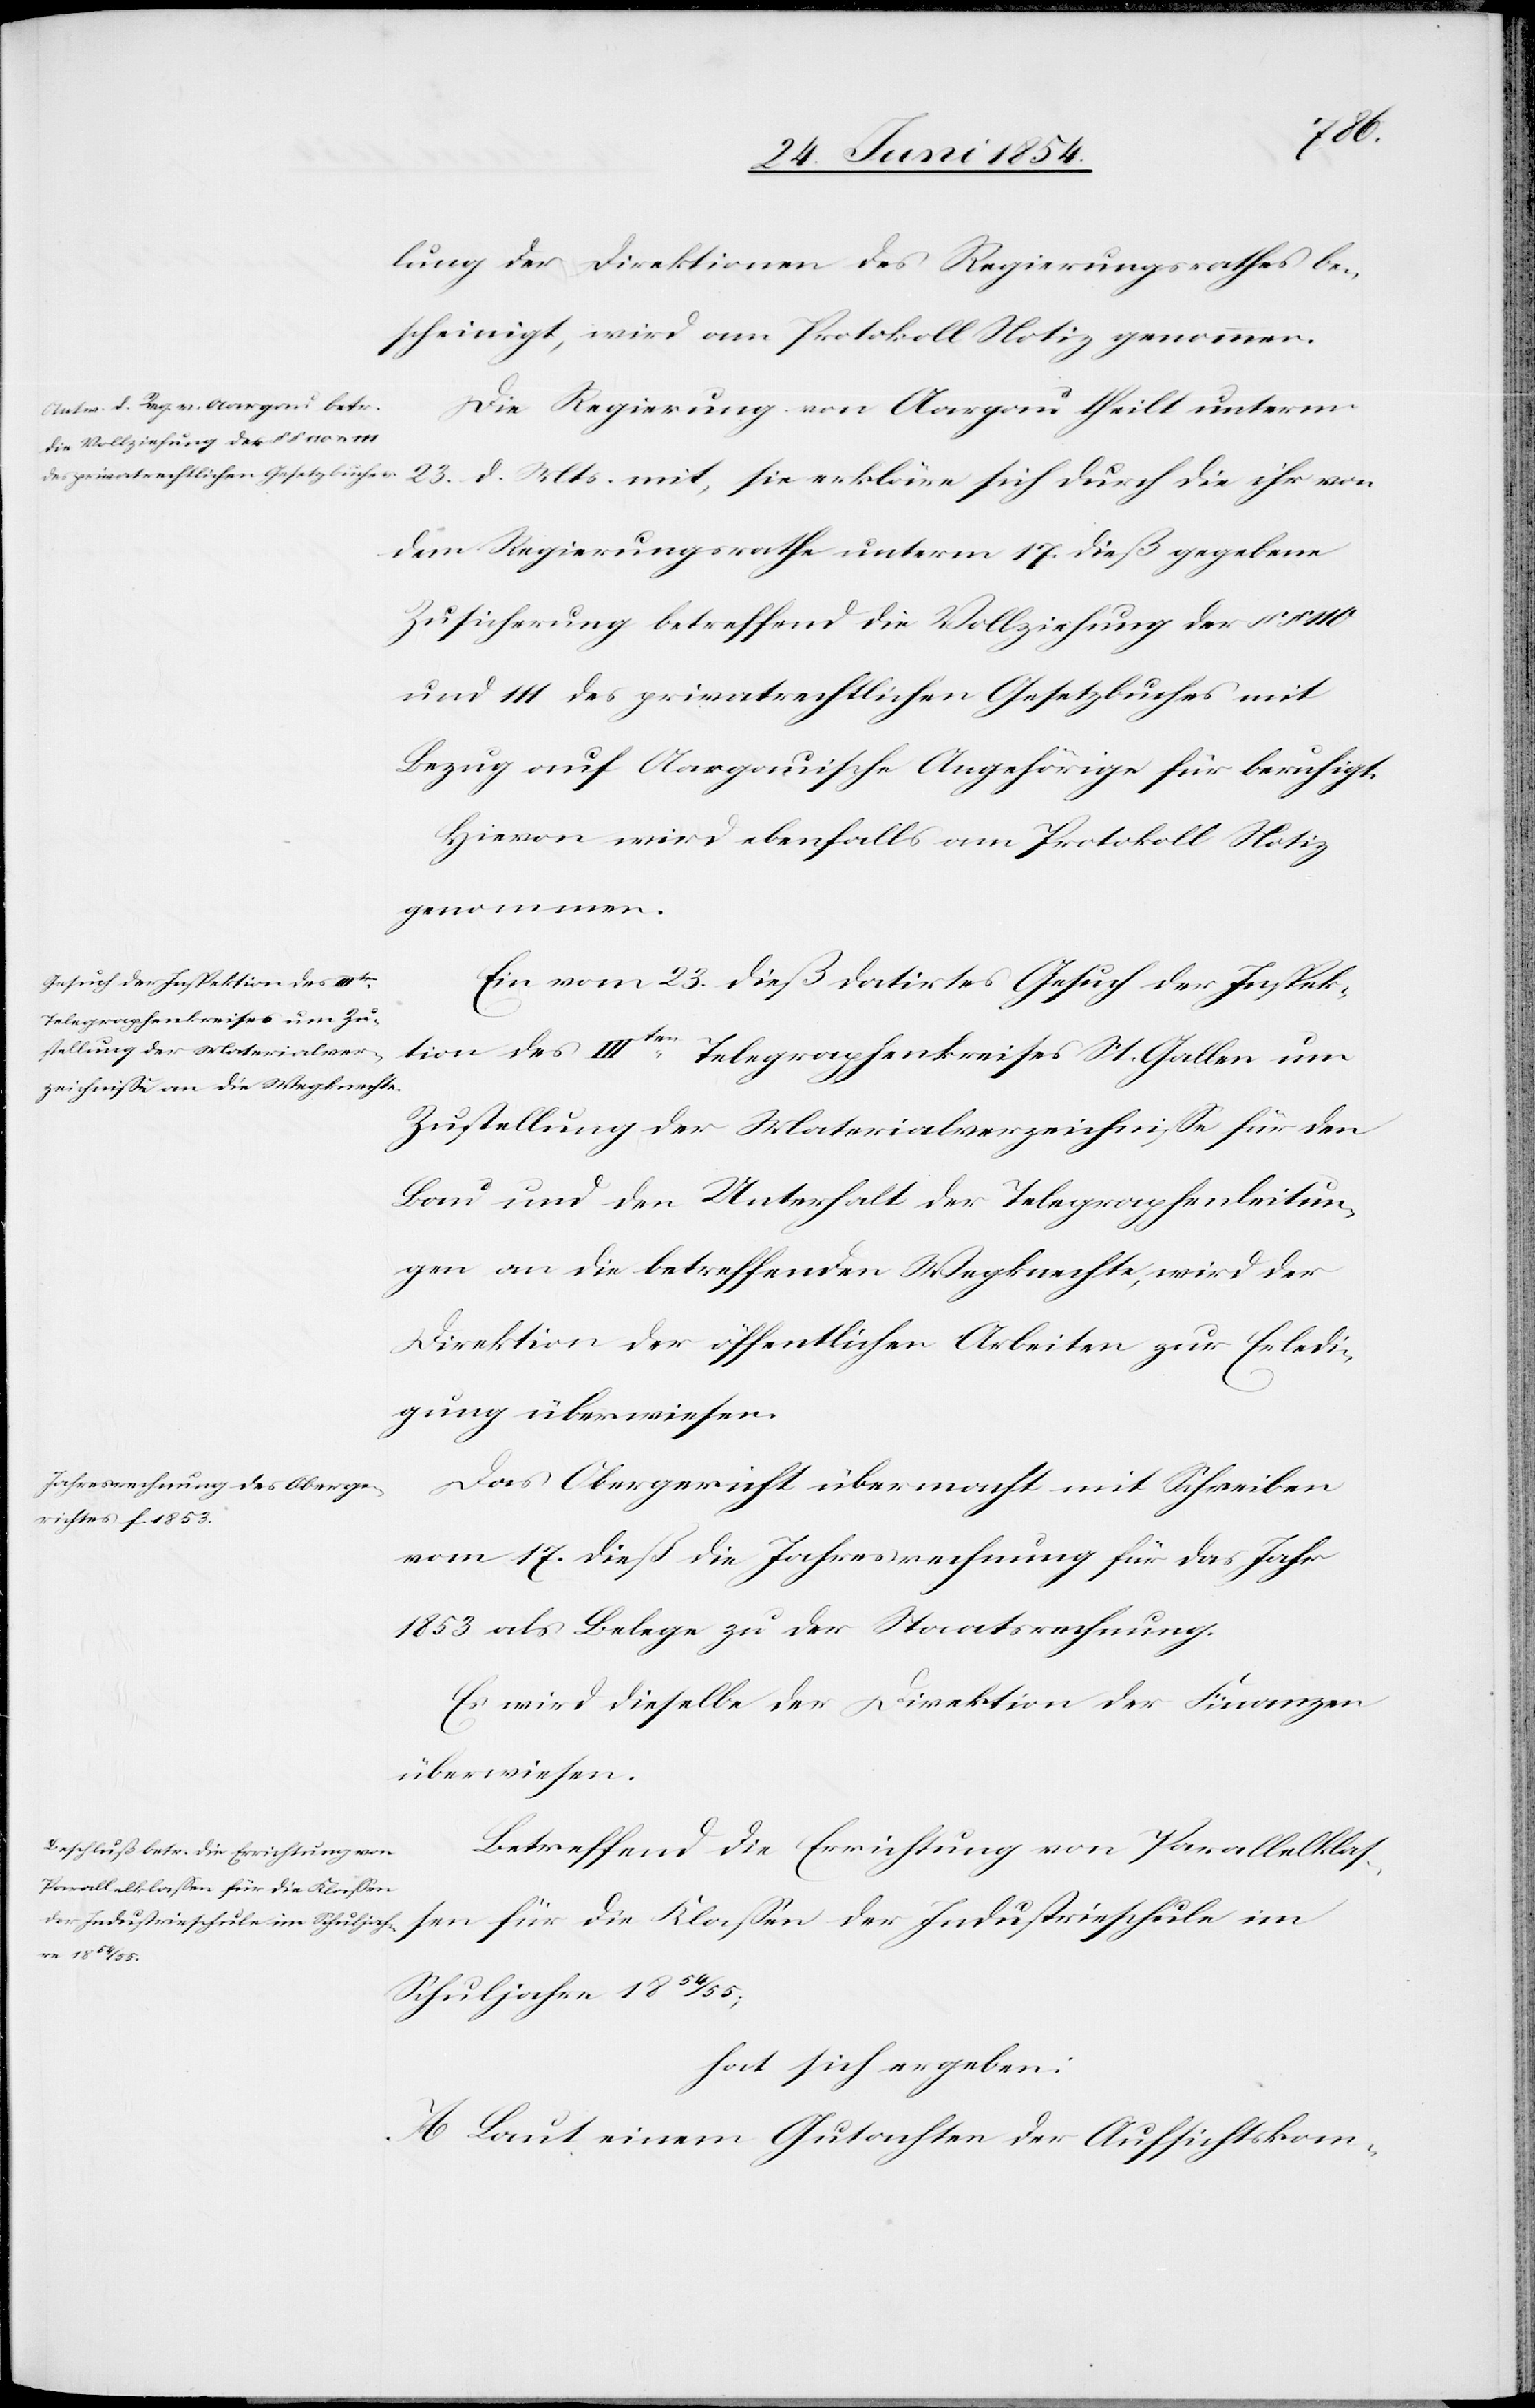
lung der Direktionen des Regierungsrathes be¬
scheinigt, wird am Protokoll Notiz genommen.
Die Regierung von Aargau theilt unterm
23. d. Mts. mit, sie erkläre sich durch die ihr von
dem Regierungsrathe unterm 17. dieß gegebene
Zusicherung betreffend die Vollziehung der §
und 111 des privatrechtlichen Gesetzbuches mit
Bezug auf Aargauische Angehörige für beruhigt.
Hievon wird ebenfalls am Protokoll Notiz
genommen.
Ein vom 23. dieß datirtes Gesuch der Inspek¬
tion des IIIten Telegraphenkreises St. Gallen um
Zustellung der Materialverzeichniße für den
Bau und den Unterhalt der Telegraphenleitun¬
gen an die betreffenden Wegknechte, wird der
Direktion der öffentlichen Arbeiten zur Erledi¬
gung überwiesen.
Das Obergericht übermacht mit Schreiben
vom 17. dieß die Jahresrechnung für das Jahr
1853 als Belege zu der Staatsrechnung.
Es wird dieselbe der Direktion der Finanzen
überwiesen.
Betreffend Errichtung von Parallelkla¬
ßen für die Klaßen der Industrieschule im
Schuljahre 1854/55;
hat sich ergeben:
A. Laut einem Gutachten der Aufsichtskom-